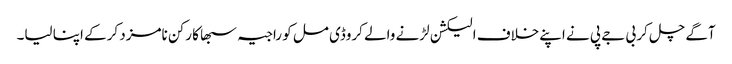
آگے چل کر بی جے پی نے اپنےخلاف الیکشن لڑنے والے کروڈی مل کو راجیہ سبھا کا رکن نامزد کرکے اپنا لیا۔